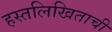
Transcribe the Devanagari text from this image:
हस्तलिखिताची